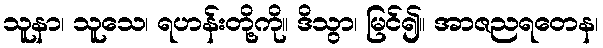
သူနာ၊ သူသေ၊ ရဟန်းတို့ကို။ ဒိသွာ၊ မြင်၍။ အာဇညရတေန၊